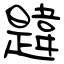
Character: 韙